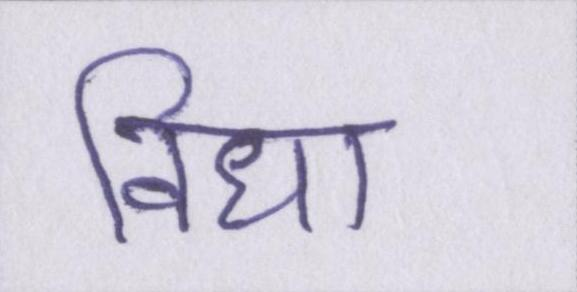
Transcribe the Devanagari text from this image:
विधा